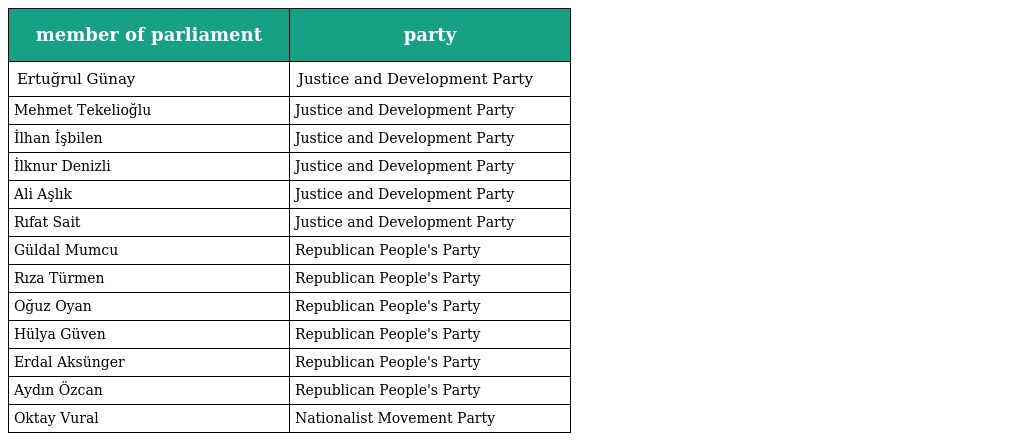
| member of parliament | party |
 | --- | --- |
 | Ertuğrul Günay | Justice and Development Party |
 | Mehmet Tekelioğlu | Justice and Development Party |
 | İlhan İşbilen | Justice and Development Party |
 | İlknur Denizli | Justice and Development Party |
 | Ali Aşlık | Justice and Development Party |
 | Rıfat Sait | Justice and Development Party |
 | Güldal Mumcu | Republican People's Party |
 | Rıza Türmen | Republican People's Party |
 | Oğuz Oyan | Republican People's Party |
 | Hülya Güven | Republican People's Party |
 | Erdal Aksünger | Republican People's Party |
 | Aydın Özcan | Republican People's Party |
 | Oktay Vural | Nationalist Movement Party |